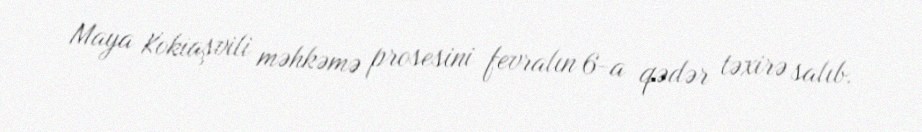
Maya Kokiaşvili məhkəmə prosesini fevralın 6-a qədər təxirə salıb.